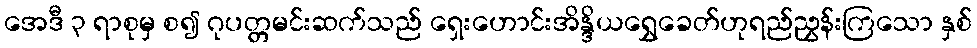
အေဒီ ၃ ရာစုမှ စ၍ ဂုပတ္တမင်းဆက်သည် ရှေးဟောင်းအိန္ဒိယရွှေခေတ်ဟုရည်ညွှန်းကြသော နှစ်